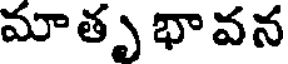
మా తృ భా వన